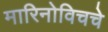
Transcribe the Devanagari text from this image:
मारिनोविचचे